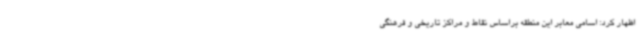
اظهار کرد: اسامی معابر این منطقه براساس نقاط و مراکز تاریخی و فرهنگی